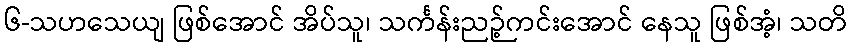
၆-သဟသေယျ ဖြစ်အောင် အိပ်သူ၊ သင်္ကန်းညဉ့်ကင်းအောင် နေသူ ဖြစ်အံ့၊ သတိ